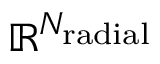
\mathbb { R } ^ { N _ { \mathrm { r a d i a l } } }